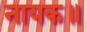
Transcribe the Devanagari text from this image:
नायक॥